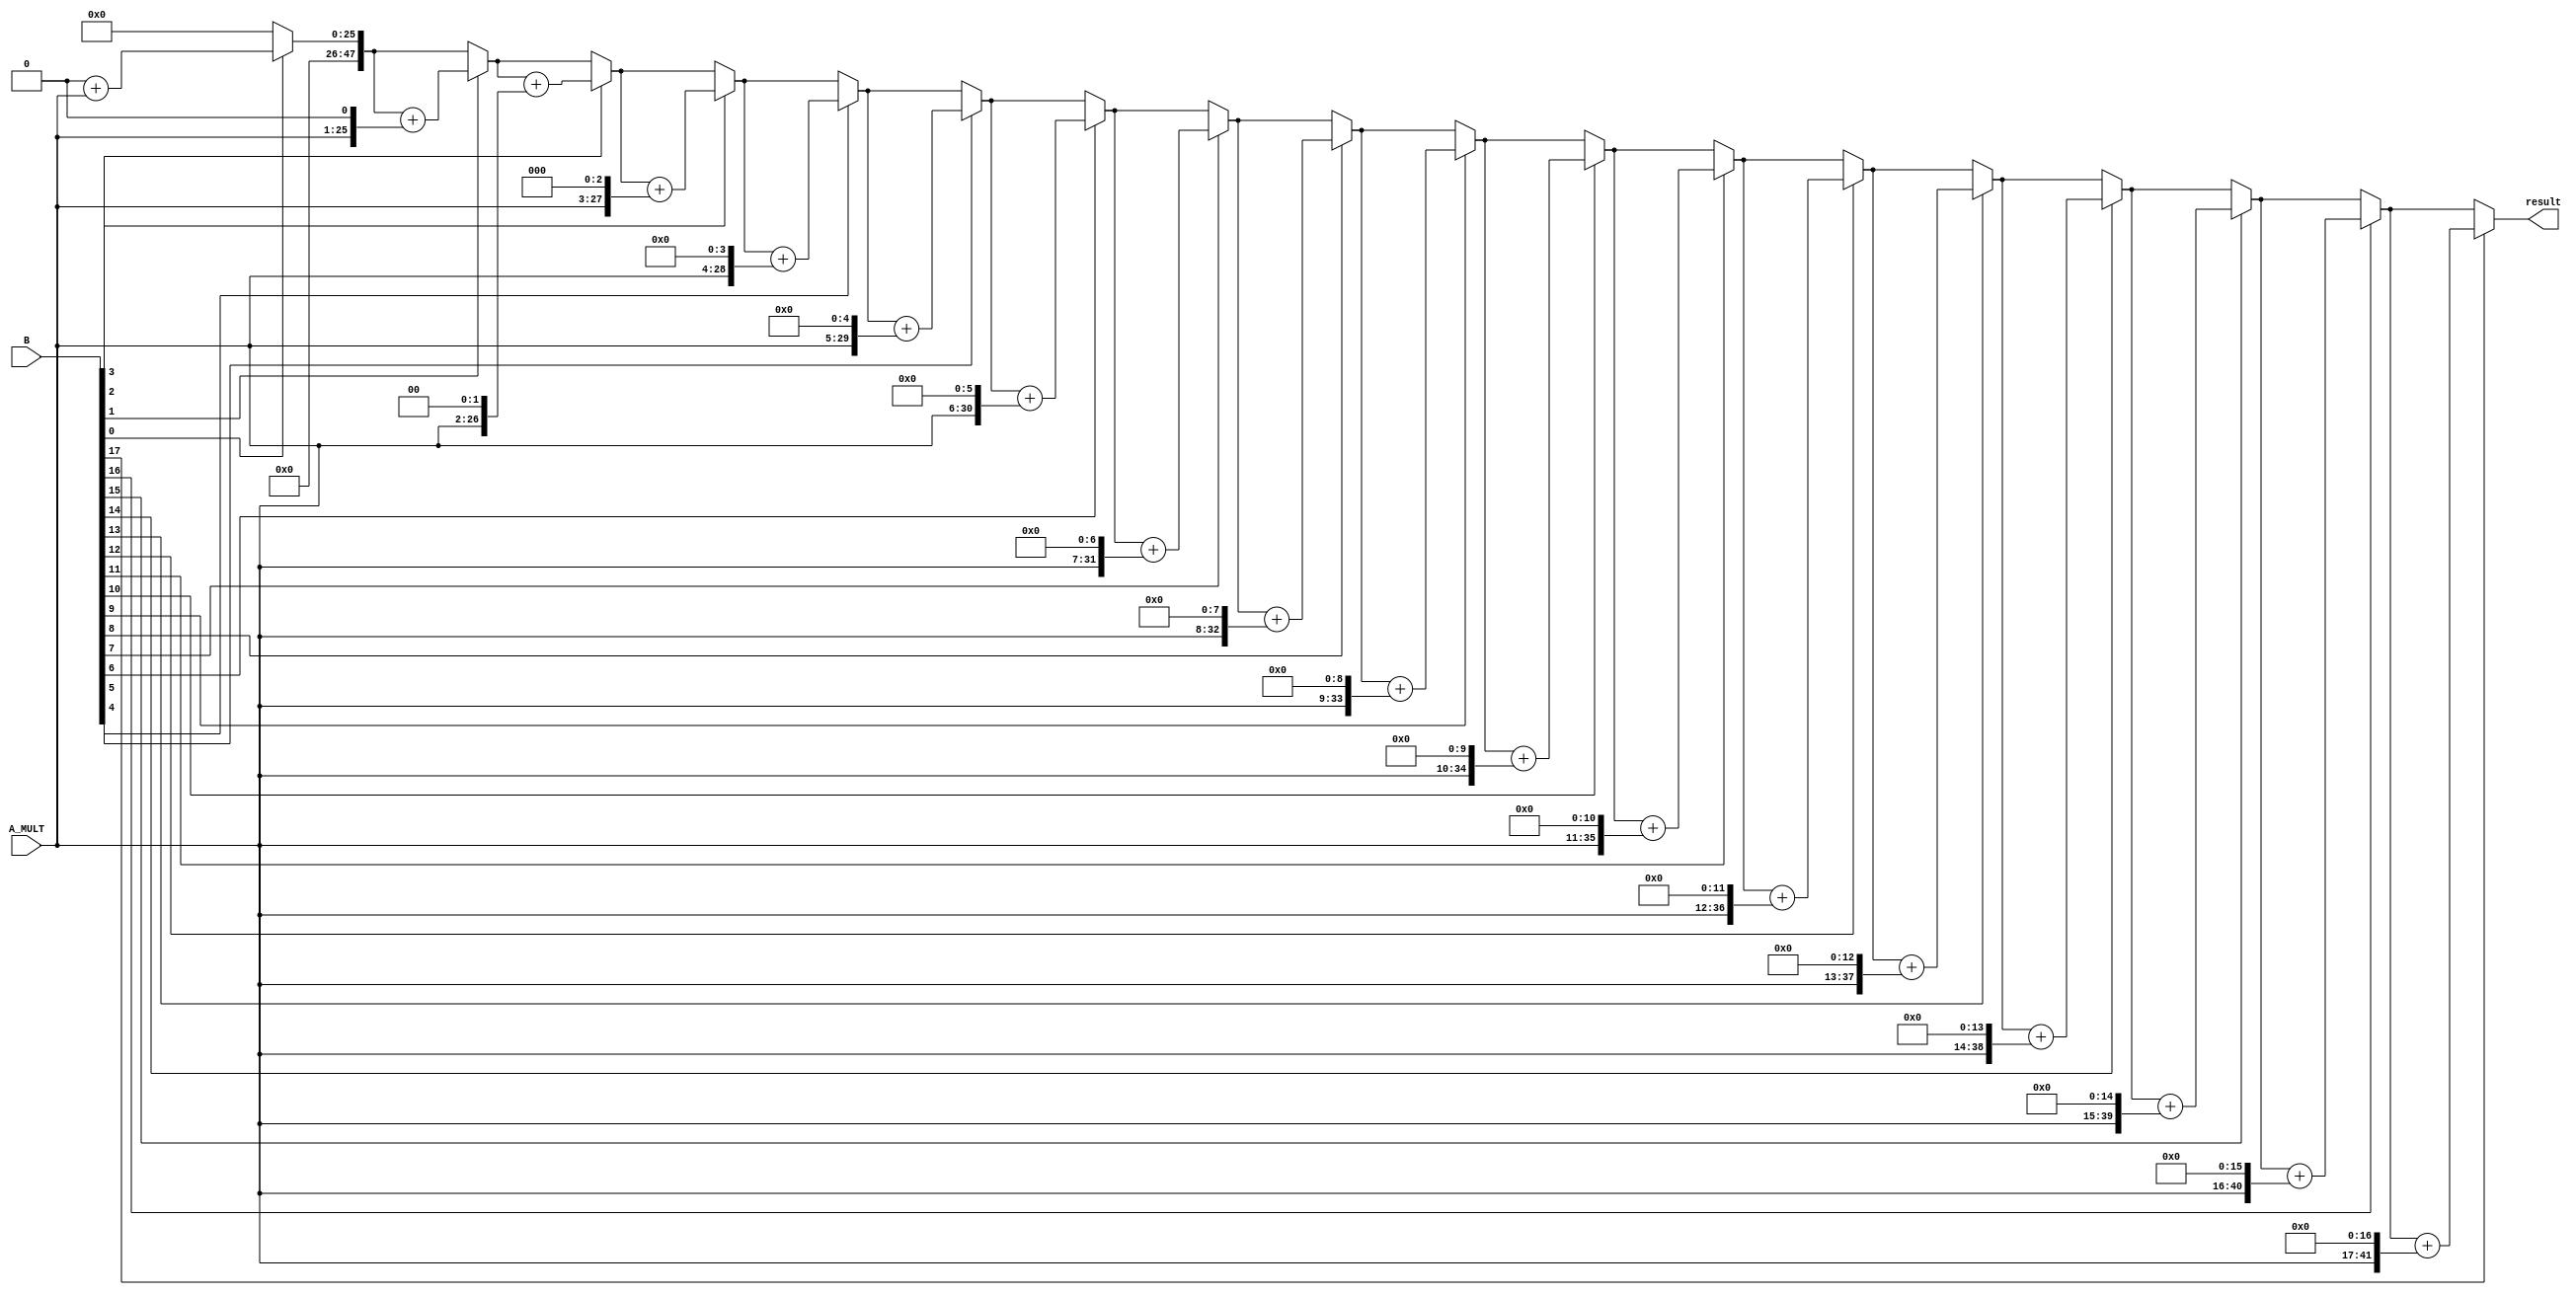
`timescale 1ns / 1ps
//////////////////////////////////////////////////////////////////////////////////
// Company: 
// Engineer: 
// 
// Design Name: 
// Module Name: mult
// Project Name: 
// Target Devices: 
// Tool Versions: 
// Description: 
// 
// Dependencies: 
// 
// Revision:
// Revision 0.01 - File Created
// Additional Comments:
// 
//////////////////////////////////////////////////////////////////////////////////

module multiplier(
  input [24:0] A_MULT,
  input [17:0] B,
  output [47:0] result
);
    integer i;
    reg [24:0] A_reg;
    reg [17:0] B_reg;
    reg [47:0] partial_product;
 
    always @(*) begin
        A_reg = A_MULT;
        B_reg = B;
    
        partial_product = {48{1'b0}};
        for (i = 0; i < 18; i = i + 1) begin
            if (B_reg[i] == 1'b1) begin
                partial_product = partial_product + (A_reg << i);
            end
        end
    end
 
 
    assign result = partial_product;
 
endmodule